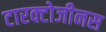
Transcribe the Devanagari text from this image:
टारक्टोजीनस